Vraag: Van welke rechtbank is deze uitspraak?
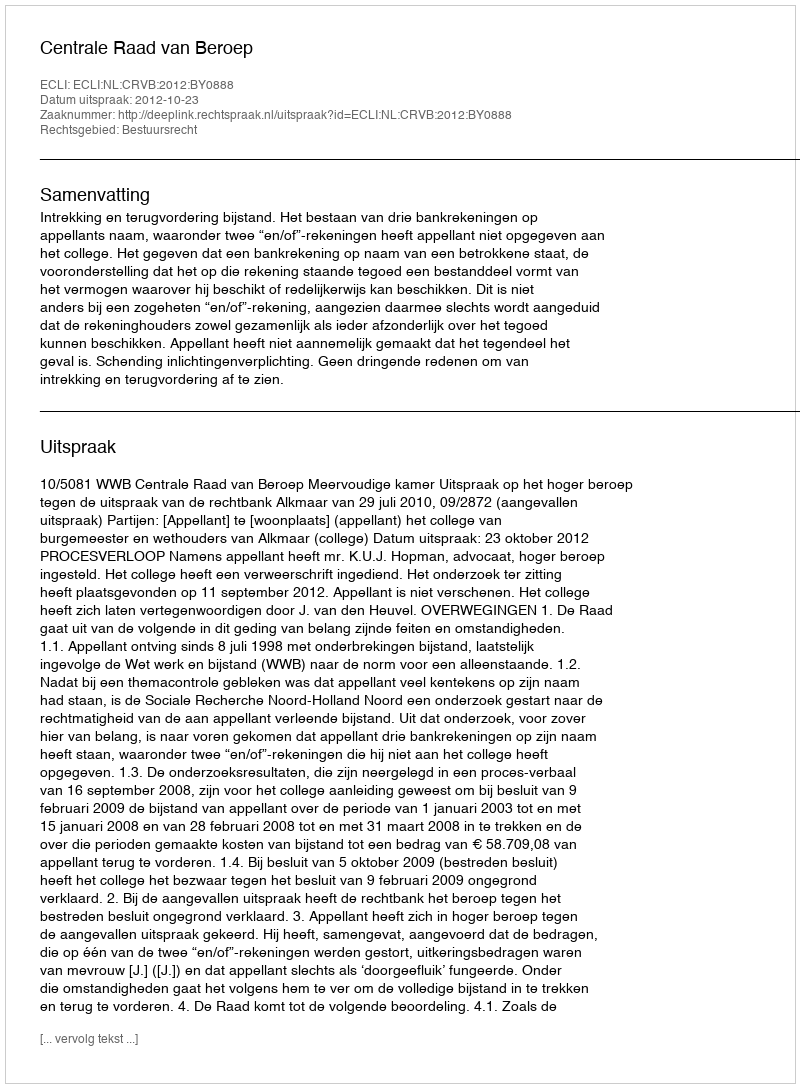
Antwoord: Centrale Raad van Beroep